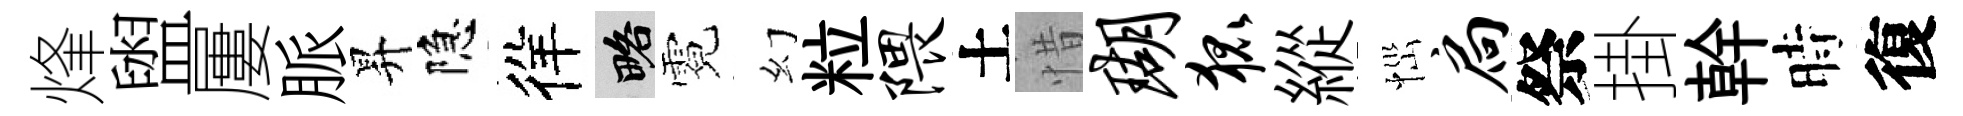
烽盥屢脈昇隐徉略霓幻粒隈土惜瑚狐縱𢙉扃祭掛幹時復